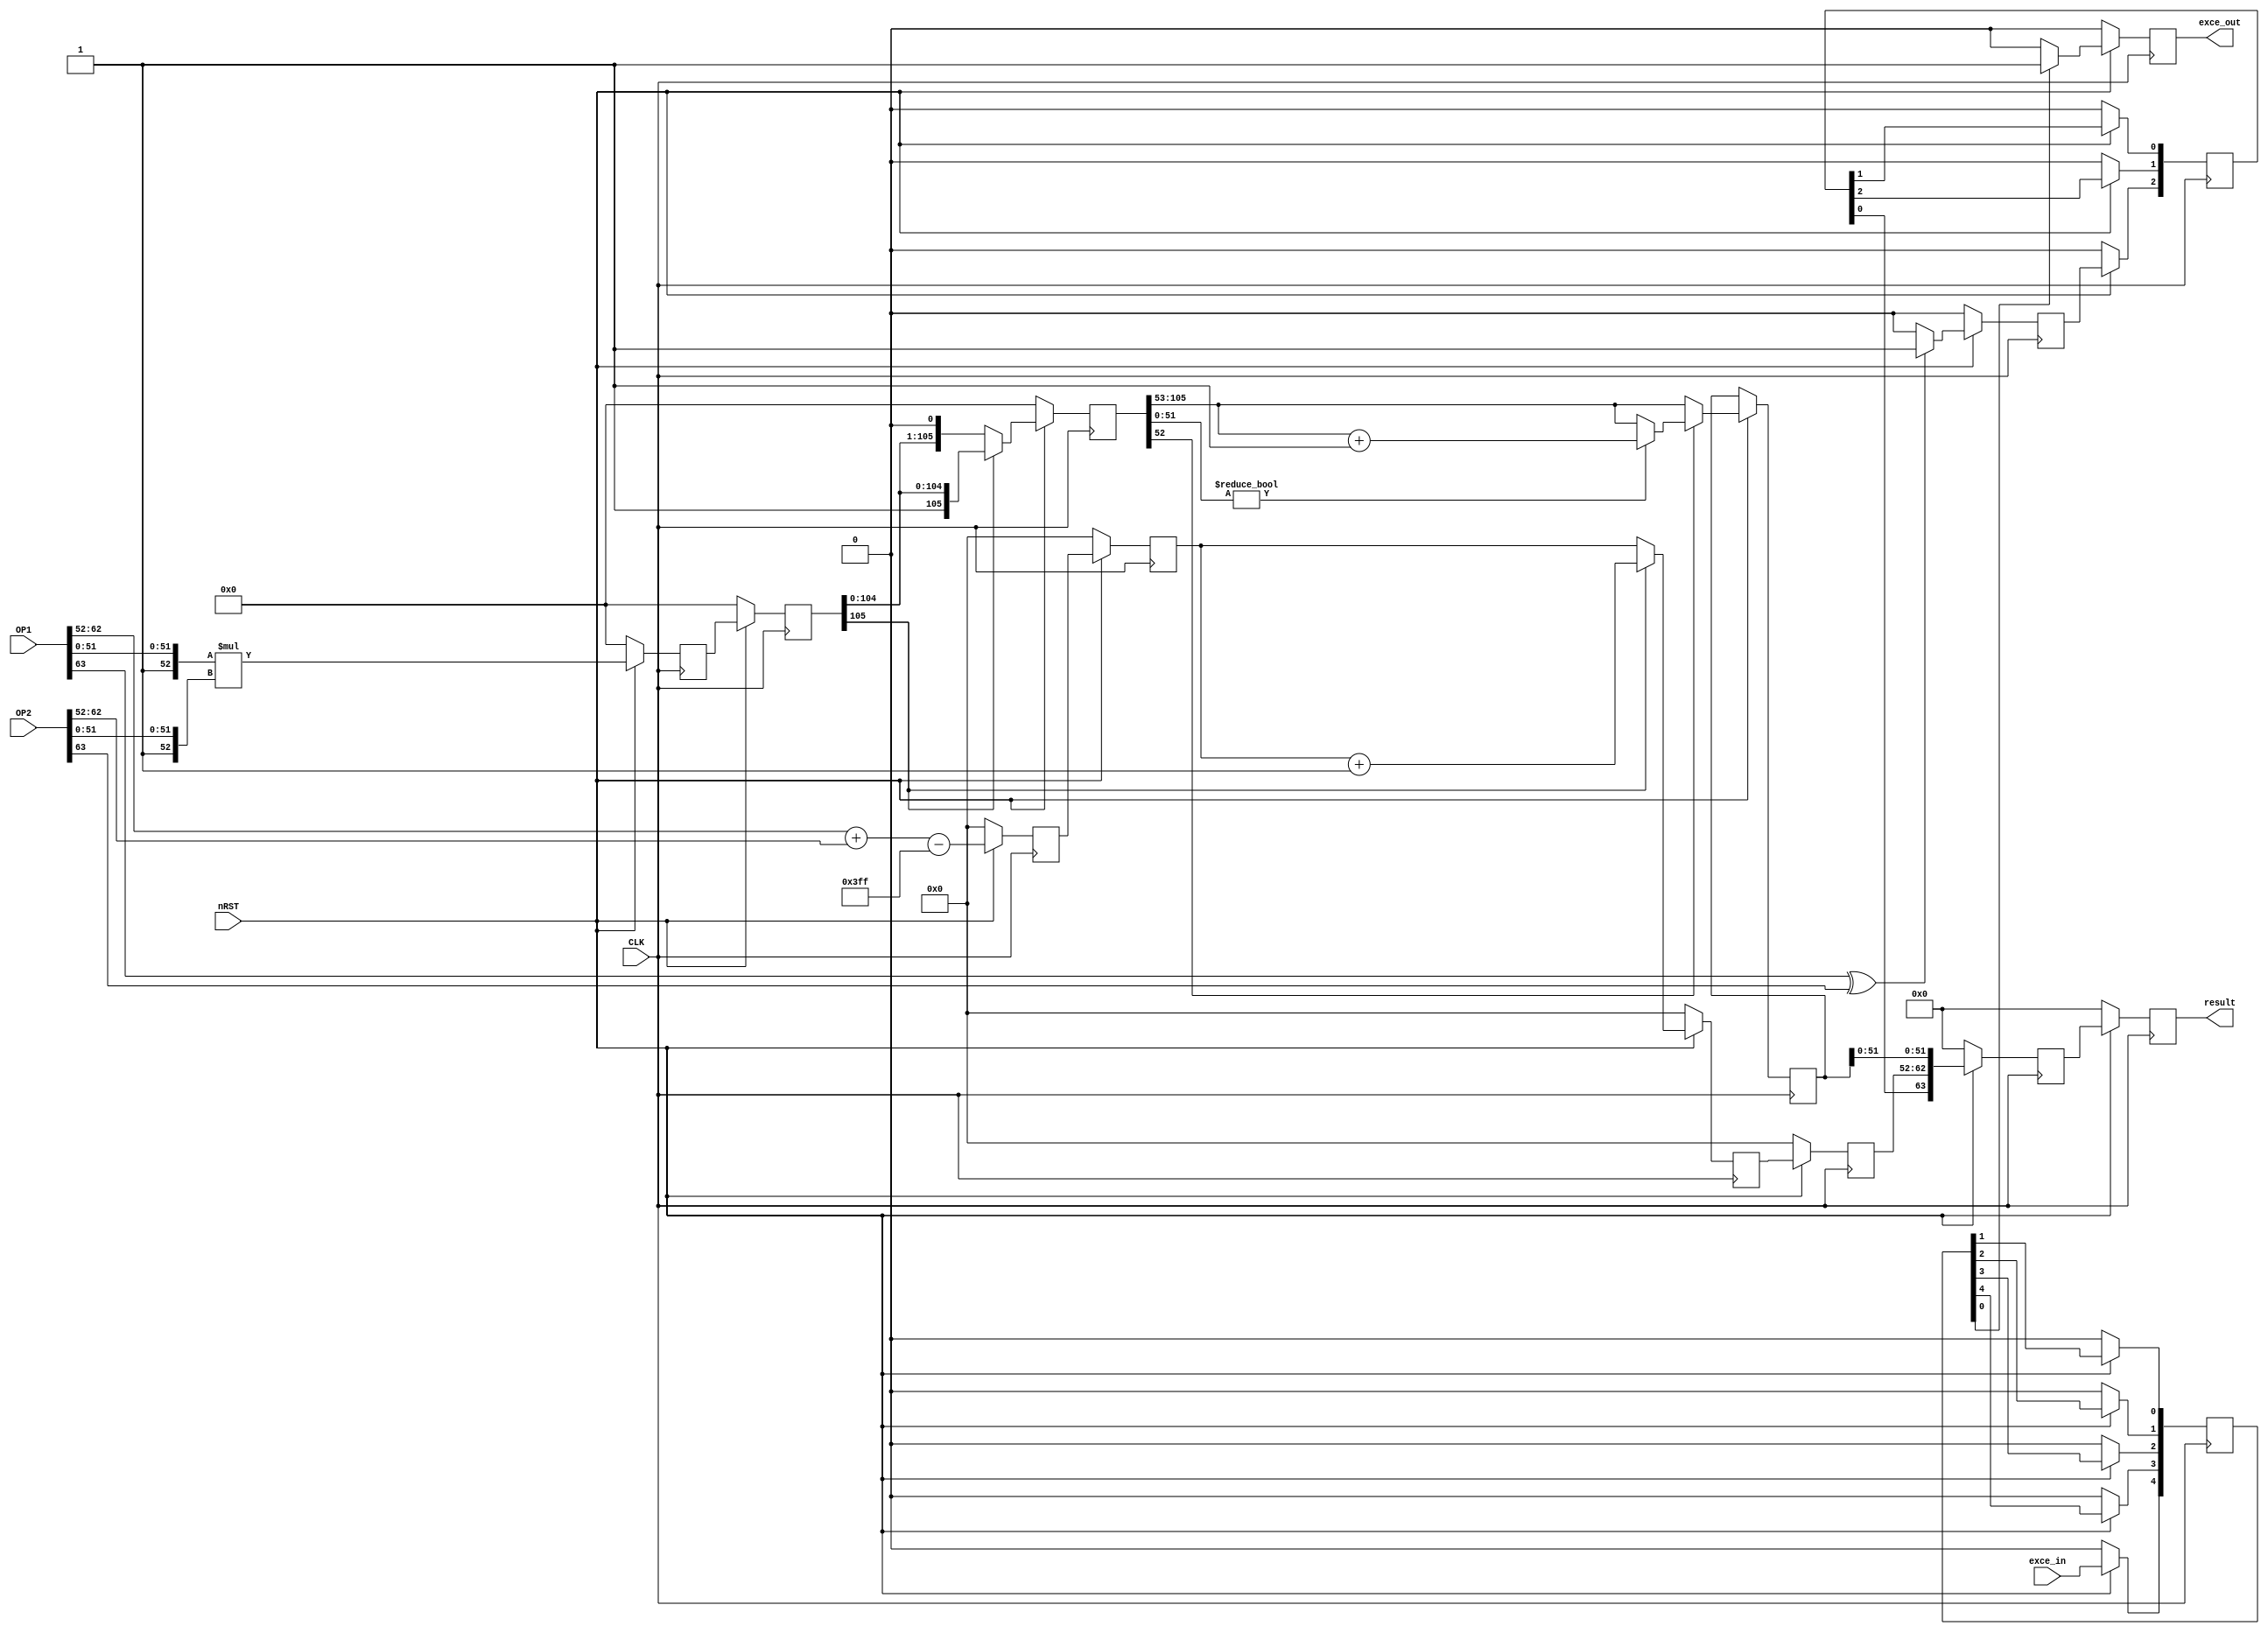
module flot_mul_pipe
				#(parameter 		  WIDTH = 64,					 //The total bits of the inputs
										  WIDTH_exp = 11,				 //The bitwidth of the exponent part
										  WIDTH_mat = 52)				 //The bitwidth of the mantissa part
				( input 				  CLK,							 //clock				 
										  nRST,							 //negative reset
				  input [WIDTH-1:0] OP1,							 //input1
										  OP2,							 //input2
				  input 			 exce_in,							 //execption in signal
				  output reg 	exce_out,							 //exception out
				  output [WIDTH_mat+WIDTH_exp:0] result); //final result, width is mantissa part + exponent part + sign bit

/////////////////////////////////  ----- Function Deginition -----  ///////////////////////////////////////////////////
function integer log2;				// calculate log2(n)
	input integer n;					// always be used to calculate the minimal address bits of a signal array
	begin
		log2 = 0;
		while (2**log2<n) begin
			log2 = log2 + 1;
		end
	end
endfunction
////////////////////////////////////////////////////////////////////////////////////////////////////////////////////////

// ----------------------------------------------------------------------------------------------------------------- //
// ----------------------------------------------------- exponents  ------------------------------------------------ //
// ***************************
reg [WIDTH_exp:0]   sum_exp, sum_exp_0, sum_exp_1, sum_exp_2;									//sum of exponent with one bit wider than the exponent of operands
reg [WIDTH_exp-1:0] BIAS = (2**(WIDTH_exp-1))-1;		//calculate the bias
// ***************************

// ------------------------------------------------- Mantissas  -------------------------------------------- //
// ***************************
localparam WIDTH_mm  = (WIDTH_mat+1)*2; 		//width of the product of the two mantissas
localparam WIDTH_poi = log2(WIDTH_mm);	 		//find the minimal bitwith of the pointer used below
reg [WIDTH_mm-1 :0]  mul_mat, mul_mat_0, mul_mat_1, mul_mat_2;				 		//store the product of the two mantissas
reg [WIDTH_poi-1:0] 	pointer;				 		//used for pointing to the first one on the left
reg [WIDTH_exp  :0]  tmp_exp;				 		//store the reuslt after multiplier the mantissa and has some effects on exponent
reg 						exception;			 		//exception signal

reg [WIDTH_mm-1 :0]  tmp_mat;
reg [WIDTH_mat  :0]  tmp_mat_r;  		 		//Store the mantissa value after rounding, 
															//width is 1 bit more than final, 1 bit larger than tmp_mat, for deducing the rounding bit
reg [WIDTH_exp-1:0]  tmp_exp_r;			 		//Store the exponent value after normalizing
reg sign_L;


// --------------------------------------------------------------------------------------------------------- //
														// Pipeline Stage 1 //
// --------------------------------------------------------------------------------------------------------- //										
always @(posedge CLK) begin
		if(!nRST) begin
			sum_exp  <= 0;
			mul_mat	<= 0;
			sum_exp_0 <= 0;
			mul_mat_0 <= 0;
			sign_L <= 0;

		end else begin
			//fetch out the exponent part and subtract the BIAS
			sum_exp_0 <= OP1[WIDTH-2:WIDTH-(WIDTH_exp+1)] + OP2[WIDTH-2:WIDTH-(WIDTH_exp+1)] - BIAS;  // - ((2**(WIDTH_exp-1))-1)
			sum_exp <= sum_exp_0;
			// ***************************
			// exception out will be set to 1 when exception in is 1 or exponent part is out of bound after calculation
			(* USE_dsp48 = "no" *)
			mul_mat_0 <= {1'b1, OP1[WIDTH_mat-1:0]} * {1'b1, OP2[WIDTH_mat-1:0]};
			mul_mat <= mul_mat_0;
			// Sign of the result depends on wheter the signs of the two operands are the same.
			// If they are the same, make sign bit as 0 else 1.
			if(OP1[WIDTH-1]^OP2[WIDTH-1])
				sign_L <= 1'b1;
			else
				sign_L <= 1'b0;
						
		end
end

// --------------------------------------------------------------------------------------------------------- //

// --------------------------------------------------------------------------------------------------------- //
														// Pipeline Stage 2 //
// --------------------------------------------------------------------------------------------------------- //										
always @(posedge CLK) begin
		if(!nRST) begin
			tmp_exp  <= 0;
			tmp_mat	<= 0;
		end else begin
// ---------------------------------------- Normalization & Rounding  -------------------------------------- //
		// ******* Normalization ******** 	
			if (mul_mat[WIDTH_mm-1] == 1'b1) begin										 		// [A]
				tmp_exp <= sum_exp[WIDTH_exp-1:0] + 1;
				tmp_mat <= mul_mat;
			end
			else begin 																		 	 		 // [A] mul_mat[WIDTH_mm-2] == 1'b1
				tmp_exp <= sum_exp[WIDTH_exp-1:0];
				tmp_mat <= mul_mat << 1;	
			end																				   		 // [A] 
		end
end
// --------------------------------------------------------------------------------------------------------- //

// --------------------------------------------------------------------------------------------------------- //
												// Combinational Logics ///

always @ (posedge CLK) begin

// ******* Rounding **************
// ----  Round to nearnest ---- //
	if(!nRST) begin
		tmp_exp_r <= 0;
		tmp_exp_r <= 0;
	end
	else begin
		if (tmp_mat[WIDTH_mm-(WIDTH_mat+1)-1]==1'b1) begin					 		 //round bit  == 1
			if(tmp_mat[WIDTH_mm-(WIDTH_mat+1)-2:0]!=0) begin				 		 //sticky bit == 1
				tmp_mat_r <= tmp_mat[WIDTH_mm-1:WIDTH_mm-(WIDTH_mat+1)] + 1;	 //the width of tmp_mat_r is one larger WIDTH_mat
			end
			else begin																	 		 //sticky bit == 0 
				tmp_mat_r <= tmp_mat[WIDTH_mm-1:WIDTH_mm-(WIDTH_mat+1)];
			end
		end
		else begin																		//round bit == 1, no change
			tmp_mat_r <= tmp_mat[WIDTH_mm-1:WIDTH_mm-(WIDTH_mat+1)];
		end

		tmp_exp_r <= tmp_exp[WIDTH_exp-1:0];	
	end

end //always
// --------------------------------------------------------------------------------------------------------- //

// ------------------------------------------------- exceptions  ------------------------------------------- //
// exception out will be set to 1 when exception in is 1 or exponent part is out of bound after calculation
always @(posedge CLK) begin
	if(!nRST)
		exce_out <= 1'b0;
	else if(buffer_exce_in[PIP_exce_in]==1) 
		exce_out <= 1'b1;
	else
		exce_out <= 1'b0;
end
// --------------------------------------------------------------------------------------------------------- //

//	-----------------------------------------------------------------------------------------------------
	localparam PIP_sign_L = 3;
	localparam PIP_exce_in = 5;
	
	localparam PIP_result = 2;



	reg [WIDTH-1:0] buffer_result [1: PIP_result];		// 
	reg [1:PIP_exce_in] buffer_exce_in;
	reg [1:PIP_sign_L] buffer_sign_L;

	integer i;
	
	always @(posedge CLK) begin
		if (!nRST) begin
			for (i=1; i<=PIP_result; i=i+1)
				buffer_result[i] <= 0;

			for (i=1; i<=PIP_sign_L; i=i+1)
				buffer_sign_L[i] <= 0;

			for (i=1; i<=PIP_exce_in; i=i+1)
				buffer_exce_in[i] <= 0;

		end else begin
			buffer_result[1] <= {buffer_sign_L[PIP_sign_L], tmp_exp_r, tmp_mat_r[WIDTH_mat-1:0]};
			for (i=2; i<=PIP_result; i=i+1)
				buffer_result[i] <= buffer_result[i-1];

			buffer_sign_L[1] <= sign_L;
			for (i=2; i<=PIP_sign_L; i=i+1)
				buffer_sign_L[i] <= buffer_sign_L[i-1];

			buffer_exce_in[1] <= exce_in;
			for (i=2; i<=PIP_exce_in; i=i+1)
				buffer_exce_in[i] <= buffer_exce_in[i-1];
		end
	end

	assign result = buffer_result[PIP_result];

//	-----------------------------------------------------------------------------------------------------
// Output
/*
reg [WIDTH-1:0] result_0;
always @(posedge CLK) begin
	if(!nRST) begin
		result_0 <= 0;
		result <= 0;
	end else begin
		result <= {sign_L_delay2, tmp_exp_r, tmp_mat_r[WIDTH_mat-1:0]};
		result <= result_0;
	end
end
*/
//	-----------------------------------------------------------------------------------------------------

endmodule